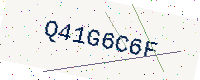
Text: Q41G6C6F